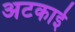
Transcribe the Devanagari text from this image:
अटकाई